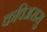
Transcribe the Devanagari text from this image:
कविअरासु